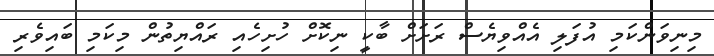
މިނިވަންކަމި އުފަލި އެއްވިޔެސް ރަށަށް ބާކީ ނިކޮށް ހުށިހެއި ރައްޔިތުން މިކަމި ބައިވެރި